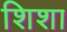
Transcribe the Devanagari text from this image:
शिशा